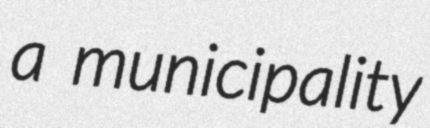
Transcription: a municipality